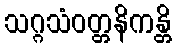
သဂ္ဂသံဝတ္တနိကန္တိ